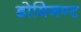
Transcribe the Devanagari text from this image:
डोमिनण्ट